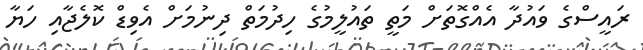
ރައީސްގެ ވައުދާ އެއްގޮތަށް މަތީ ތައުލީމުގެ ހިދުމަތް ދިނުމަށް އެވިޑް ކޮލެޖާއި ހަޔާ